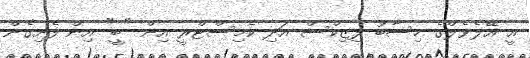
އީ އޭލެވެލްގެ ހިސާބު ފިޒިކްސް އަދި ކެމިސްޓްރީ އިން "ބީ" އިން ފެށިގެން